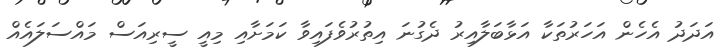
އަދަދު އެހެން އަހަރުތަކާ އަޅާބަލާއިރު ދެގުނަ އިތުރުވެފައިވާ ކަމަށާއި މިއީ ސީރިއަސް މައްސަލައެއް